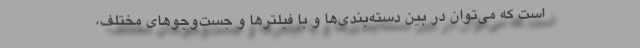
است که می‌توان در بین دسته‌بندی‌ها و با فیلترها و جست‌وجوهای مختلف،